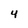
Character: 4